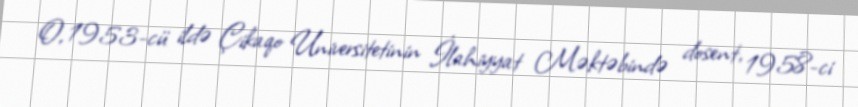
O, 1953-cü ildə Çikaqo Universitetinin İlahiyyat Məktəbində dosent, 1958-ci